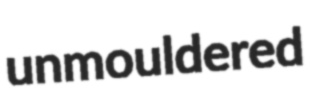
unmouldered